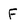
Character: F